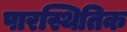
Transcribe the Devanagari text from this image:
पारस्थितिक